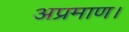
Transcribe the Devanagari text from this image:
अप्रमाण।